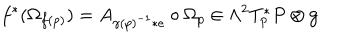
LaTeX: f ^ { * } ( \Omega _ { f ( p ) } ) = A _ { \gamma ( p ) ^ { - 1 } * e } \circ \Omega _ { p } \in \Lambda ^ { 2 } T _ { p } ^ { * } P \otimes { \bf g }